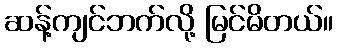
ဆန့်ကျင်ဘက်လို့ မြင်မိတယ်။